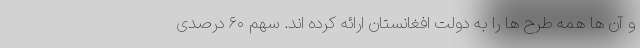
و آن ها همه طرح ها را به دولت افغانستان ارائه کرده اند. سهم ۶۰ درصدی